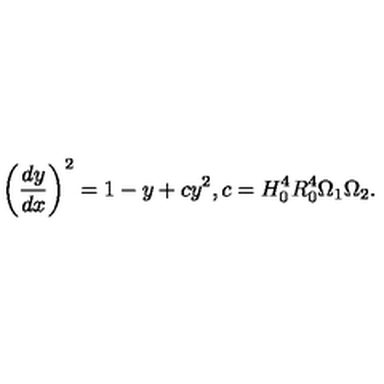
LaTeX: \left( \frac { d y } { d x } \right) ^ { 2 } = 1 - y + c y ^ { 2 } , c = H _ { 0 } ^ { 4 } R _ { 0 } ^ { 4 } \Omega _ { 1 } \Omega _ { 2 } .